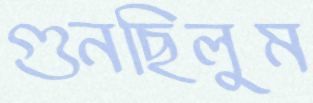
গুনছিলুম